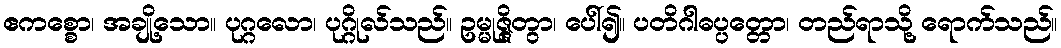
ဧကစ္စော၊ အချို့သော။ ပုဂ္ဂလော၊ ပုဂ္ဂိုလ်သည်။ ဥမ္မုဇ္ဇိတွာ၊ ပေါ်၍။ ပတိဂါဓပ္ပတ္တော၊ တည်ရာသို့ ရောက်သည်။